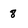
Character: 8